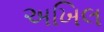
અખિલ